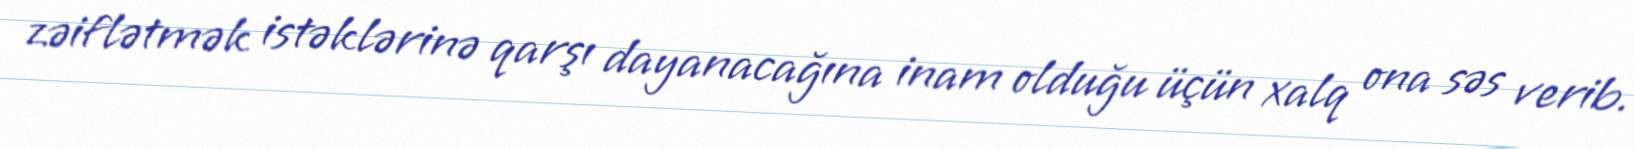
zəiflətmək istəklərinə qarşı dayanacağına inam olduğu üçün xalq ona səs verib.